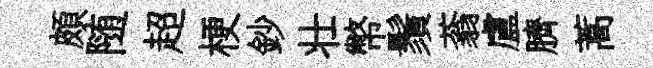
頗随超梗鈔壮幣鬚蓊盧臍蒿